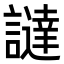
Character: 𧬻